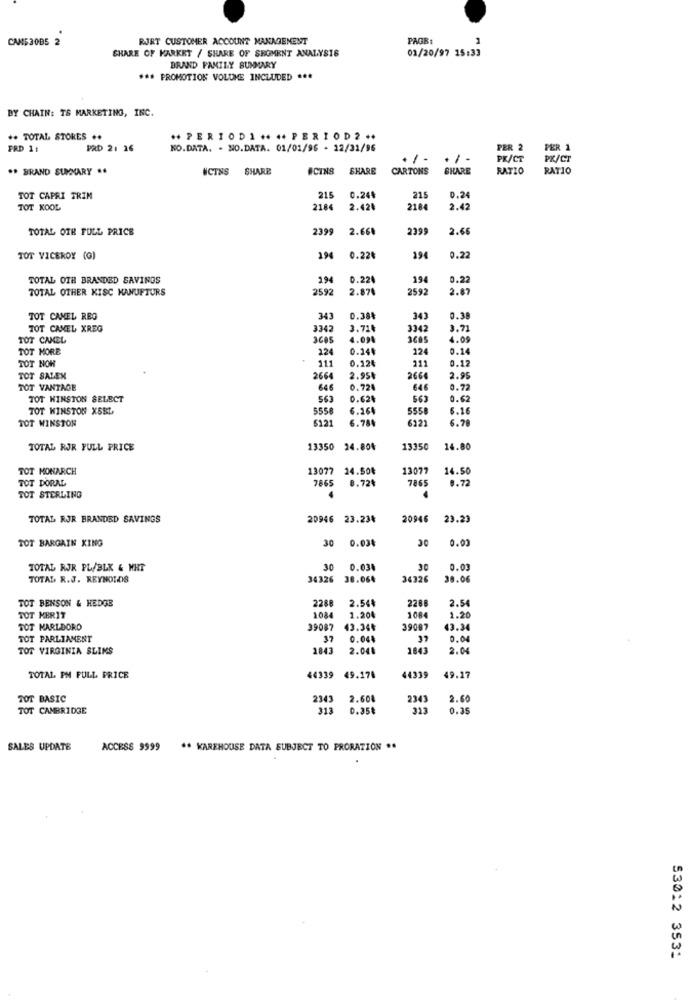
CANE3085 2
RJRT CUSTOMER ACCOUNT MANAGEMENT
PAGB:
SHARE OF MARKET / SHARE OF SHOMENT ANALYSIS
01/20/97 15:33
BRAND FAMILY SUMMARY
*** PROMOTION VOLUME INCLUDED ***
BY CHAIN: T& MARKETING, INC.
** TOTAL STORES ..
*PERIODI++++ PERIOD2 ..
FRD 11
PRD 21 16
NO.DATA. - NO.DATA. 01/01/96 - 12/31/96
PER 2
PER 1
PK/CT
PR/CT
.* BRAND SUMMARY ..
NCTNS
SHARE
#CINS
SHARE
CARTONS
SHARE
RATIO
RATIO
TOT CAPRI TRIM
215
0.244
215
0.24
TOT KOOL
2184
2.420
218
2.42
TOTAL OTH FULL PRICE
2399
2.661
2399
2.66
TOT VICEROY (G)
194
0.22€
194
0.22
TOTAL OTH BRANDED SAVINGS
194
0.224
194
0.22
TOTAL OTHER KISC KANUFTURS
2592
2.871
2592
2.87
TOT CAMEL REG
343
0.38%
343
0.38
TOT CANEL XREG
3342
3.71
3342
3.71
TOT CANCEL
4.09
3685
4.09
TOT MORE
224
0.14
124
0.14
TOT NOR
211
0.124
0.17
211
TOT SALEX
2664
2.95₺
266
2.95
TOT VANTAGE
646
0.724
646
0.72
TOT HINSTON SELECT
0.624
563
0.62
TOT KINSTON XSRL
5556
6.16
555
5.16
TOT WINSTON
6121
6.784
6121
6.78
TOTAL RJR FULL PRICE
13350
24.80%
13350
14.80
TOT MONARCH
13077
14.50₺
13077
14.50
TOT DORAL
7865
8.72%
7865
8.72
TOT STERLING
4
TOTAL RJR BRANDED SAVINGS
20946 23.234
20946
23.23
TOT BARGAIN XING
30
0.030
0.03
TOTAL RJR PL/BLK & HHT
30
0.03
30
0.01
TOTAL R.J. REYNOLDS
34326 38.064
34326
38.06
TOT BENSON & HEDGE
2288
2.54
2288
2.54
TOT MERIT
1084
1.200
108
1.20
TOT MARLBORO
39087
43.34₺
39087
43.34
TOT PARLIAMENT
37
0.04
37
0.00
TOT VIRGINIA SLIMS
1843
2.04.
1843
2.04
TOTAL PM FULL PRICE
44339
49.178
44339
49.17
TOT BASIC
2345
2.608
234
2.60
TOT CAMBRIDGE
313
0.35₺
313
0.35
SALES UPDATE
ACCESS 9999 ** KAREHOUSE DATA SUBJECT TO PRORATION **
53012 3531